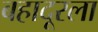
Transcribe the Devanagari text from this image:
बहादूरला